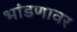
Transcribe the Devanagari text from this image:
भांडणावर